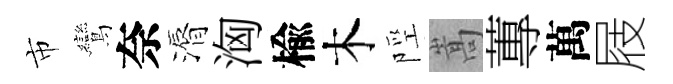
市鸞奈漘洶楡木陘嵩蓴萬屐